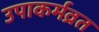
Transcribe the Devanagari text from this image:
उपाकर्मव्रत